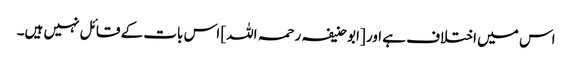
اس میں اختلاف ہے اور [ابو حنیفہ رحمہ اللہ] اس بات کے قائل نہیں ہیں۔